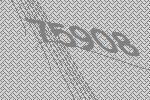
75908